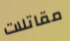
مقاتلات